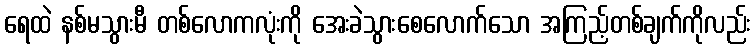
ရေထဲ နစ်မသွားမီ တစ်လောကလုံးကို အေးခဲသွားစေလောက်သော အကြည့်တစ်ချက်ကိုလည်း